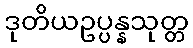
ဒုတိယဥပ္ပန္နသုတ္တ